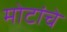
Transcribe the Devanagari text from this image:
मोटांचे